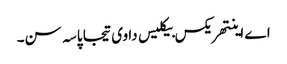
اے اینتھریکس بیکلیس دا وی تیجا پاسہ سن۔